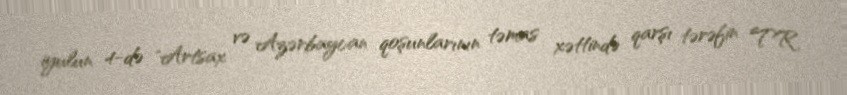
iyulun 4-də "Artsax və Azərbaycan qoşunlarının təmas xəttində qarşı tərəfin TR